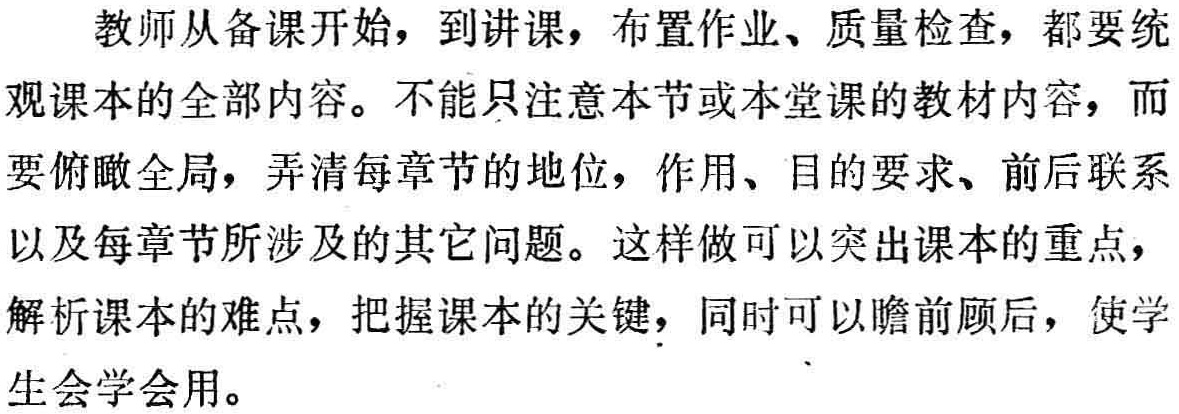
教师从备课开始，到讲课，布置作业、质量检查，都要统
观课本的全部内容。不能只注意本节或本堂课的教材内容，而
要俯瞰全局，弄清每章节的地位，作用、目的要求、前后联系
以及每章节所涉及的其它问题。这样做可以突出课本的重点，
解析课本的难点，把握课本的关键，同时可以瞻前顾后，使学
生会学会用。